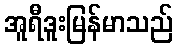
အူရီဒူးမြန်မာသည်